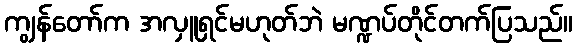
ကျွန်တော်က အလှူရှင်မဟုတ်ဘဲ မဏ္ဍပ်တိုင်တက်ပြသည်။